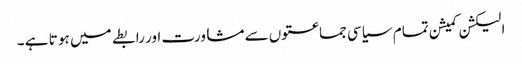
الیکشن کمیشن تمام سیاسی جماعتوں سے مشاورت اور رابطے میں ہو تا ہے ۔